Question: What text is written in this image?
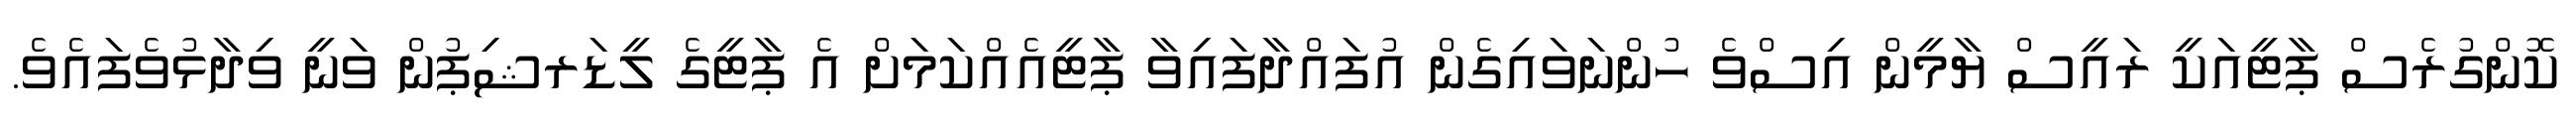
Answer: ކޮންގުރެސް ޕާޓީއަކީ ރައީސް ޔާމީން އިސްވެ ހުންނަވައިގެން އުފައްދާފައިވާ ޕާޓީއެއްކަމަށް އެ ޕާޓީގެ ލީޑަރޝިޕުން ވަނީ ވިދާޅުވެފައެވެ.